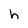
Character: h